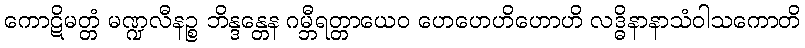
ကောဋိမတ္တံ မဏ္ဍလီနဉ္စ ဘိန္ဒန္တေန ဂမ္ဘီရတ္တာယေဝ ဟေဟေဟိဟောဟိ လဒ္ဓိနာနာသံဝါသကောတိ